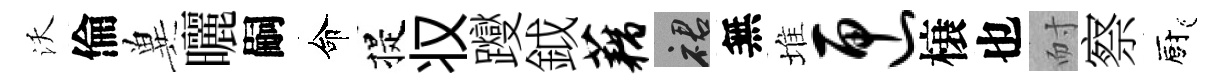
沃倫兾曬嗣命提𠬧躞鉞藕裙無堆匣榱也耐察廚